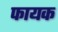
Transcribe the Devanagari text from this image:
फायक